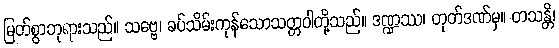
မြတ်စွာဘုရားသည်။ သဗ္ဗေ၊ ခပ်သိမ်းကုန်သောသတ္တဝါတို့သည်။ ဒဏ္ဍဿ၊ တုတ်ဒဏ်မှ။ တသန္တိ၊